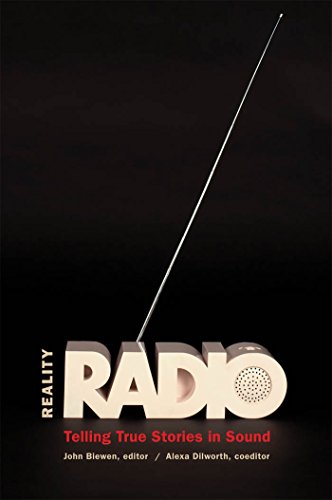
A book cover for Reality Radio: Telling True Stories in Sound (Documentary Arts and Culture, Published in association with the Center for Documentary Studies at Duke University); Humor & Entertainment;